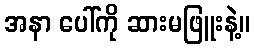
အနာ ပေါ်ကို ဆားမဖြူးနဲ့။